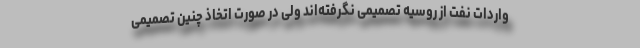
واردات نفت از روسیه تصمیمی نگرفته‌اند ولی در صورت اتخاذ چنین تصمیمی